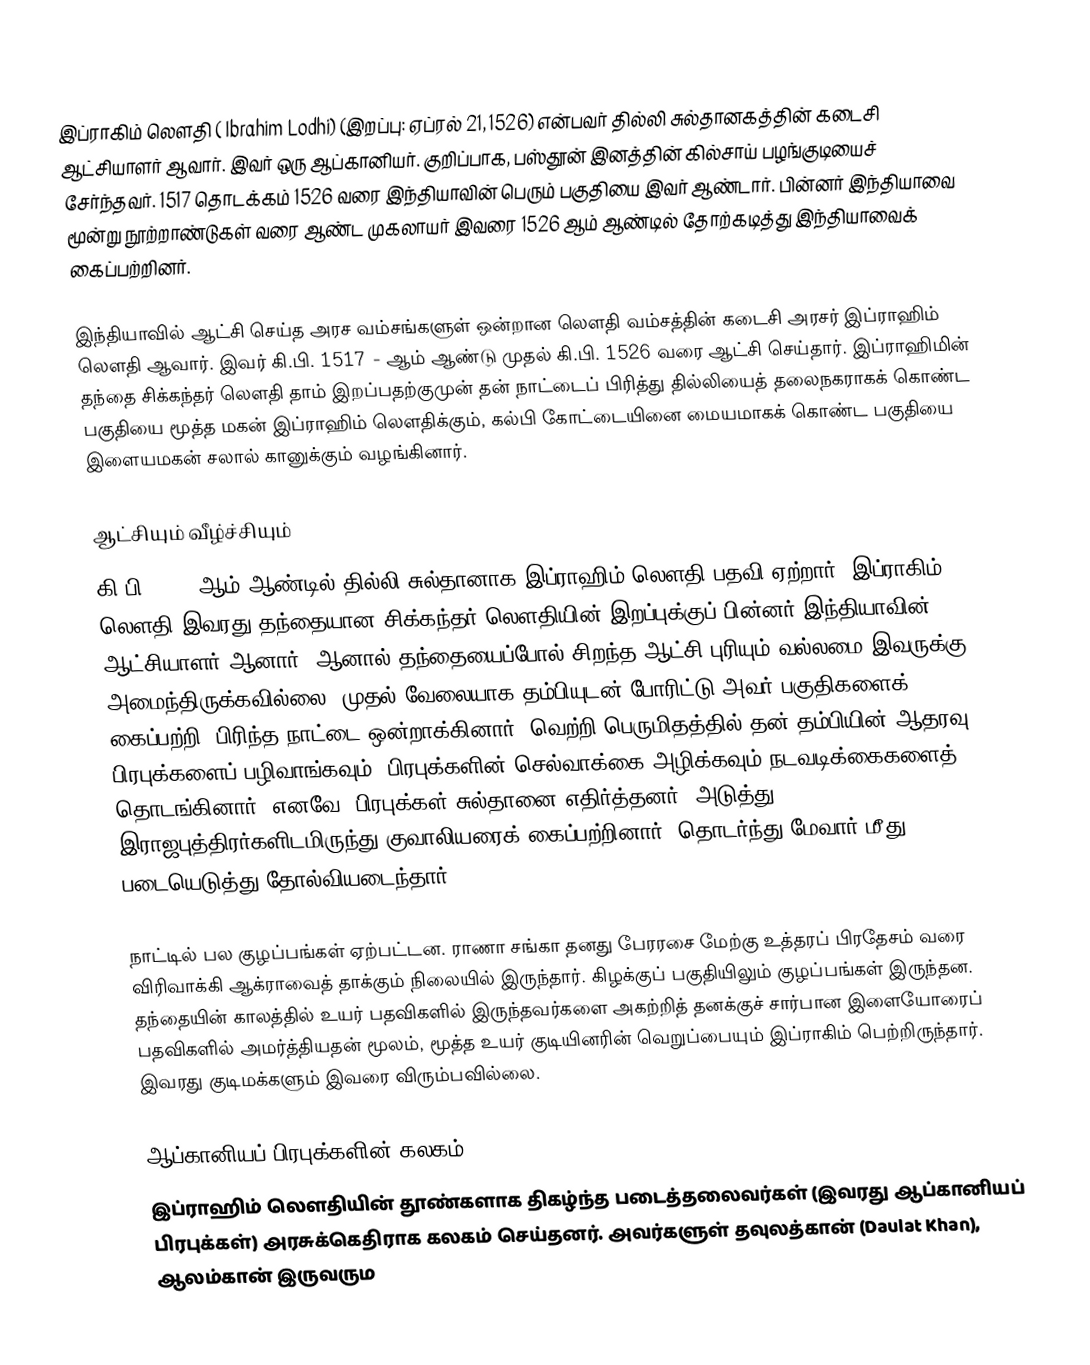
இப்ராகிம் லௌதி ( Ibrahim Lodhi) (இறப்பு: ஏப்ரல் 21, 1526) என்பவர் தில்லி சுல்தானகத்தின் கடைசி ஆட்சியாளர் ஆவார். இவர் ஒரு ஆப்கானியர். குறிப்பாக, பஸ்தூன் இனத்தின் கில்சாய் பழங்குடியைச் சேர்ந்தவர். 1517 தொடக்கம் 1526 வரை இந்தியாவின் பெரும் பகுதியை இவர் ஆண்டார். பின்னர் இந்தியாவை மூன்று நூற்றாண்டுகள் வரை ஆண்ட முகலாயர் இவரை 1526 ஆம் ஆண்டில் தோற்கடித்து இந்தியாவைக் கைப்பற்றினர்.

இந்தியாவில் ஆட்சி செய்த அரச வம்சங்களுள் ஒன்றான லௌதி வம்சத்தின் கடைசி அரசர் இப்ராஹிம் லௌதி ஆவார். இவர் கி.பி. 1517 - ஆம் ஆண்டு முதல் கி.பி. 1526 வரை ஆட்சி செய்தார். இப்ராஹிமின் தந்தை சிக்கந்தர் லௌதி தாம் இறப்பதற்குமுன் தன் நாட்டைப் பிரித்து தில்லியைத் தலைநகராகக் கொண்ட பகுதியை மூத்த மகன் இப்ராஹிம் லௌதிக்கும், கல்பி கோட்டையினை மையமாகக் கொண்ட பகுதியை இளையமகன் சலால் கானுக்கும் வழங்கினார்.

ஆட்சியும் வீழ்ச்சியும்
கி.பி. 1517 ஆம் ஆண்டில் தில்லி சுல்தானாக இப்ராஹிம் லௌதி பதவி ஏற்றார். இப்ராகிம் லௌதி இவரது தந்தையான சிக்கந்தர் லௌதியின் இறப்புக்குப் பின்னர் இந்தியாவின் ஆட்சியாளர் ஆனார். ஆனால் தந்தையைப்போல் சிறந்த ஆட்சி புரியும் வல்லமை இவருக்கு அமைந்திருக்கவில்லை. முதல் வேலையாக தம்பியுடன் போரிட்டு அவர் பகுதிகளைக் கைப்பற்றி, பிரிந்த நாட்டை ஒன்றாக்கினார். வெற்றி பெருமிதத்தில் தன் தம்பியின் ஆதரவு பிரபுக்களைப் பழிவாங்கவும், பிரபுக்களின் செல்வாக்கை அழிக்கவும் நடவடிக்கைகளைத் தொடங்கினார். எனவே, பிரபுக்கள் சுல்தானை எதிர்த்தனர். அடுத்து இராஜபுத்திரர்களிடமிருந்து குவாலியரைக் கைப்பற்றினார். தொடர்ந்து மேவார் மீது படையெடுத்து தோல்வியடைந்தார்.

நாட்டில் பல குழப்பங்கள் ஏற்பட்டன. ராணா சங்கா தனது பேரரசை மேற்கு உத்தரப் பிரதேசம் வரை விரிவாக்கி ஆக்ராவைத் தாக்கும் நிலையில் இருந்தார். கிழக்குப் பகுதியிலும் குழப்பங்கள் இருந்தன. தந்தையின் காலத்தில் உயர் பதவிகளில் இருந்தவர்களை அகற்றித் தனக்குச் சார்பான இளையோரைப் பதவிகளில் அமர்த்தியதன் மூலம், மூத்த உயர் குடியினரின் வெறுப்பையும் இப்ராகிம் பெற்றிருந்தார். இவரது குடிமக்களும் இவரை விரும்பவில்லை.

ஆப்கானியப் பிரபுக்களின் கலகம்
இப்ராஹிம் லௌதியின் தூண்களாக திகழ்ந்த படைத்தலைவர்கள் (இவரது ஆப்கானியப் பிரபுக்கள்) அரசுக்கெதிராக கலகம் செய்தனர். அவர்களுள் தவுலத்கான் (Daulat Khan), ஆலம்கான் இருவரும